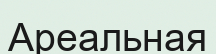
Ареальная